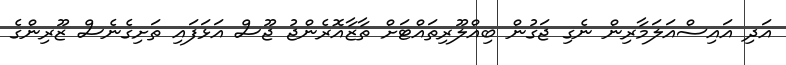
އަދި އައިސްއަލަމާރިން ނެގި ޖަގުން ބިއްލޫރިތައްޓަށް ތާޒާއޮރެންޖު ޖޫސް އަޅަފައި ތަށިގެނެސް ޒޫރިންގެ